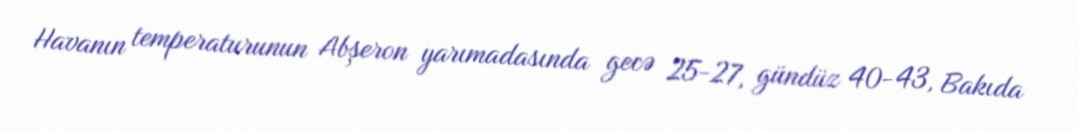
Havanın temperaturunun Abşeron yarımadasında gecə 25-27, gündüz 40-43, Bakıda